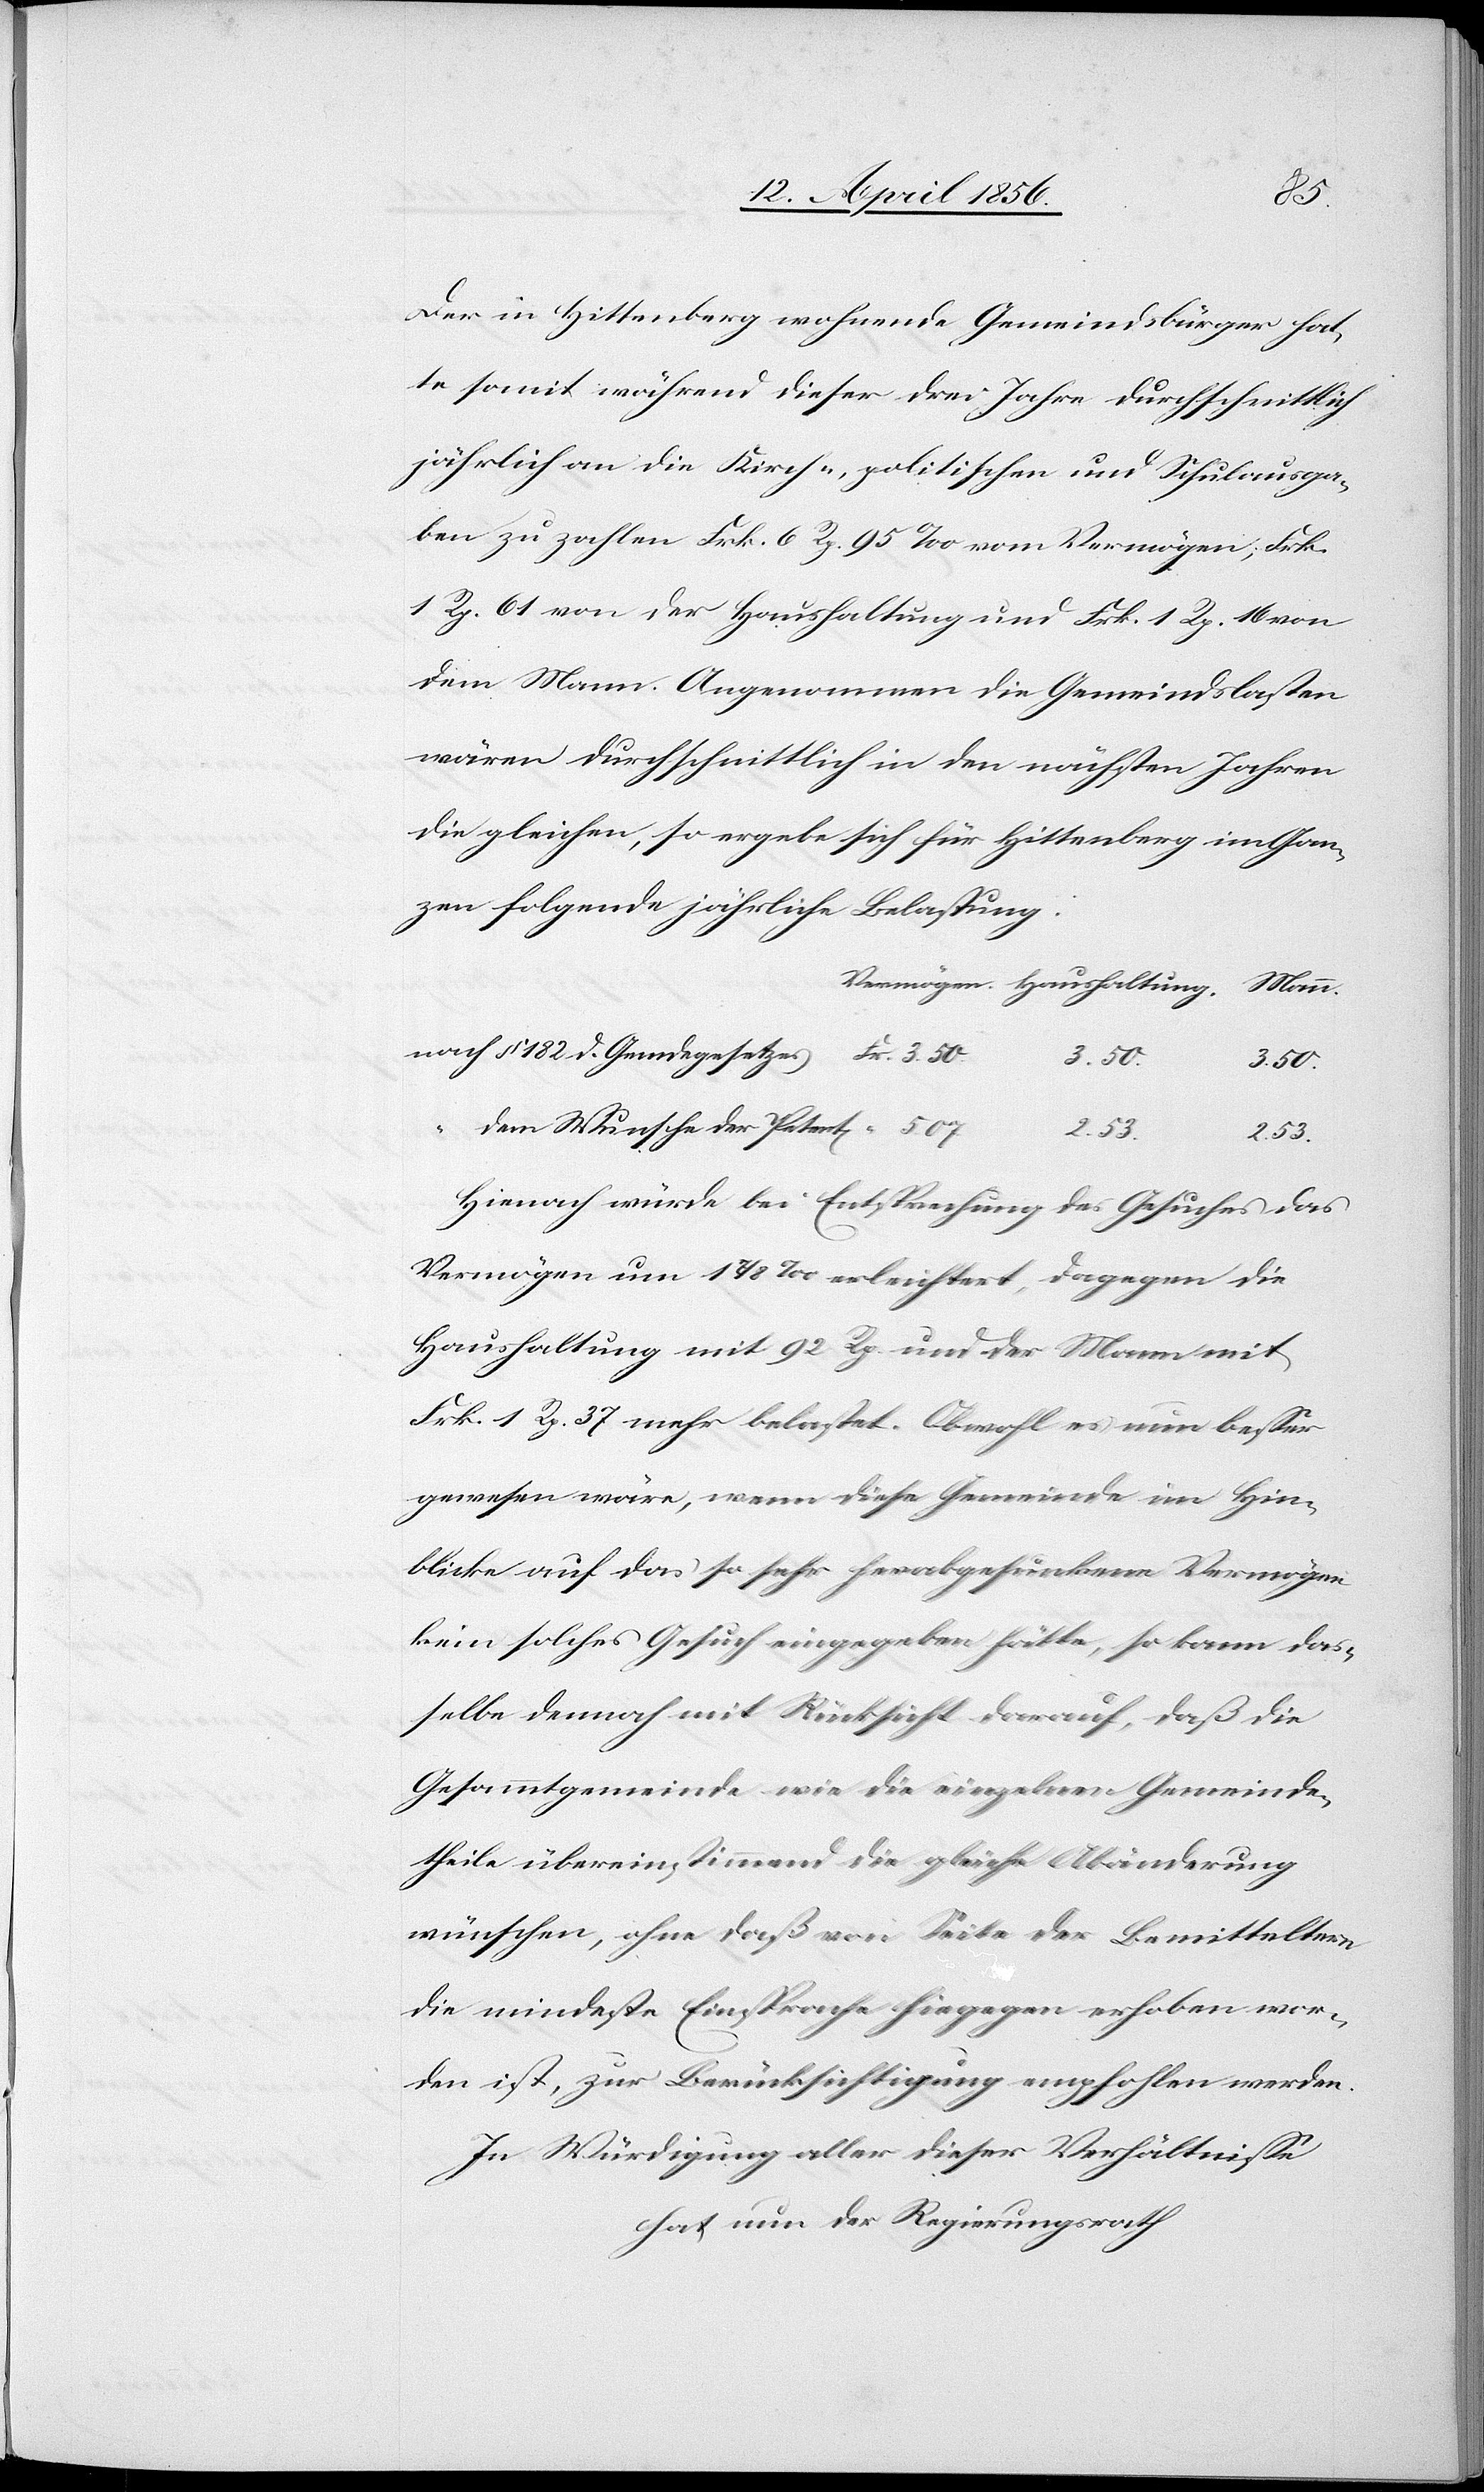
Der in Hittenberg wohnende Gemeindsbürger hat¬
te somit während dieser drei Jahre durchschnittlich
ben zu zahlen Frk. 6 Rp. 95 ‰ vom Vermögen, Frk.
1 Rp. 61 von der Haushaltung und Frk. 1 Rp. 16 von
dem Mann. Angenommen die Gemeindslasten
wären durchschnittlich in den nächsten Jahren
die gleichen, so ergebe sich für Hittenberg im Gan¬
zen folgende jährliche Belastung:
Fr.
3. 50
3. 50
dem Wunsche der Petent[en]
5.
2. 53
2. 53
Hienach würde bei Entsprechung des Gesuches das
Vermögen um 7/8 ‰ erleichtert, dagegen die
Haushaltung mit 92 Rp. und der Mann mit
Frk. 1 Rp. 37 mehr belastet. Obwohl es nun besser
gewesen wäre, wenn diese Gemeinde im Hin¬
blicke auf das so sehr herabgesunkene Vermögen
kein solches Gesuch eingegeben hätte, so kann das¬
selbe demnach mit Rücksicht darauf, daß die
Gesammtgemeinde wie die einzelnen Gemeinde¬
theile übereinstimmend die gleiche Abänderung
wünschen, ohne daß von Seite der Bemitteltern
die mindeste Einsprache hiegegen erhoben wor¬
den ist, zur Berücksichtigung empfohlen werden.
In Würdigung aller dieser Verhältnisse
hat nun der Regierungsrath